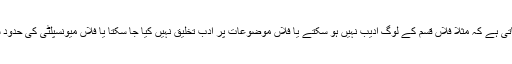
ادب کے میدان میں البتہ ایسے فتوے پڑھ کر مجھے ہنسی آ جاتی ہے کہ مثلاً فلاں قسم کے لوگ ادیب نہیں ہو سکتے یا فلاں موضوعات پر ادب تخلیق نہیں کیا جا سکتا یا فلاں میونسپلٹی کی حدود سے باہر پیدا ہونے والے لوگوں کی زبان مستند نہیں ہو سکتی۔